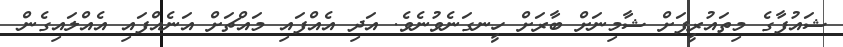
ޝައުފާގެ މިތައުރީފަށް ޝާމިނަށް ބާރަށް ހީނގަނެވުނެވެ. އަދި އެއްފައި މައްޗަށް އަނެއްފައި އެއްލައިގެން